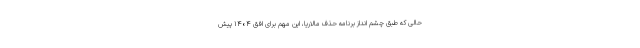
حالی که طبق چشم انداز برنامه حذف مالاریا، این مهم برای افق ۱۴۰۴ پیش